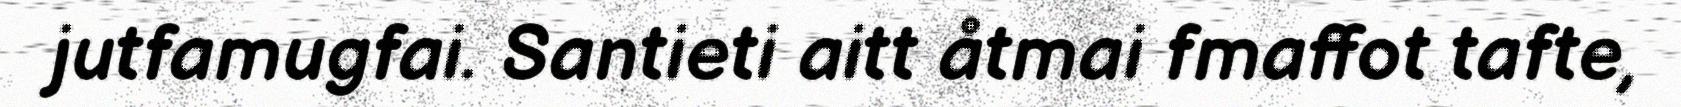
jutfamugfai. Santieti aitt åtmai fmaffot tafte,